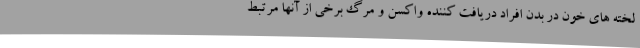
لخته های خون در بدن افراد دریافت کننده واکسن و مرگ برخی از آنها مرتبط